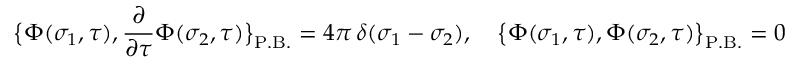
\bigl \{ \Phi ( \sigma _ { 1 } , \tau ) , { \frac { \partial } { \partial \tau } } \Phi ( \sigma _ { 2 } , \tau ) \bigr \} _ { \mathrm { P . B . } } = 4 \pi \, \delta ( \sigma _ { 1 } - \sigma _ { 2 } ) , \quad \bigl \{ \Phi ( \sigma _ { 1 } , \tau ) , \Phi ( \sigma _ { 2 } , \tau ) \bigr \} _ { \mathrm { P . B . } } = 0